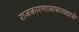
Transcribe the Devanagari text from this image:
राजकारणासफायद्याचे